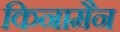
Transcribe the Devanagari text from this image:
किनामैन